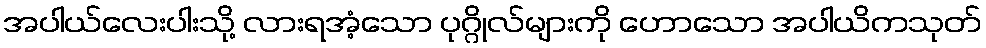
အပါယ်လေးပါးသို့ လားရအံ့သော ပုဂ္ဂိုလ်များကို ဟောသော အပါယိကသုတ်